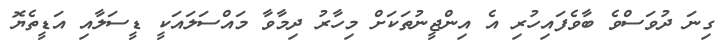
ގިނަ ދުވަސްވެ ބާވެފައިހުރި އެ އިންޖީނުތަކަށް މިހާރު ދިމާވާ މައްސަލައަކީ ޑީސަލާއި އަޑީތެޔޮ